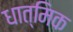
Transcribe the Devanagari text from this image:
धात्मिक